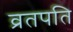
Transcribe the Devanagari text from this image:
व्रतपति